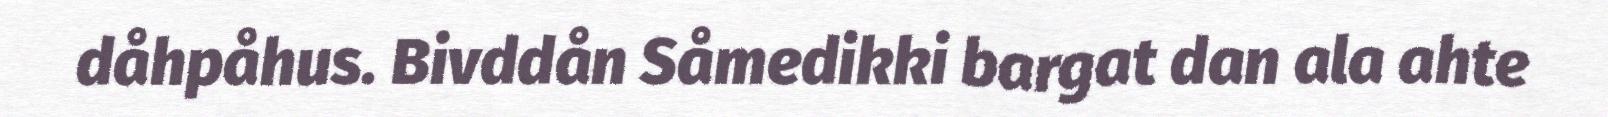
dåhpåhus. Bivddån Såmedikki bargat dan ala ahte